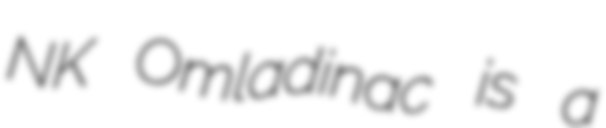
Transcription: NK Omladinac is a